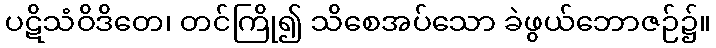
ပဋိသံဝိဒိတေ၊ တင်ကြို၍ သိစေအပ်သော ခဲဖွယ်ဘောဇဉ်၌။